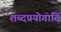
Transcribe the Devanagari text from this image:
शब्दप्रयोगादि